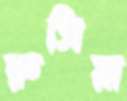
রুসিয়া